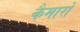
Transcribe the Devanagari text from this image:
कैमारो